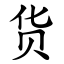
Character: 货